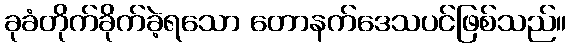
ခုခံတိုက်ခိုက်ခဲ့ရသော တောနက်ဒေသပင်ဖြစ်သည်။